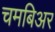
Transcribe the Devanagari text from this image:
चमबिअर